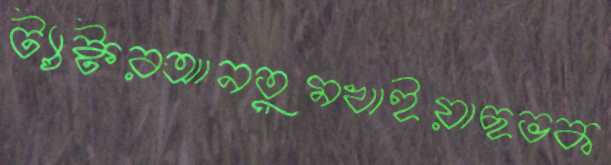
ট্যাক্টরআনতুমখাইয়াছভক